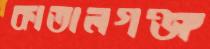
কাতালগঞ্জ